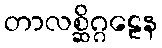
တာလစ္ဆိဂ္ဂဠေန